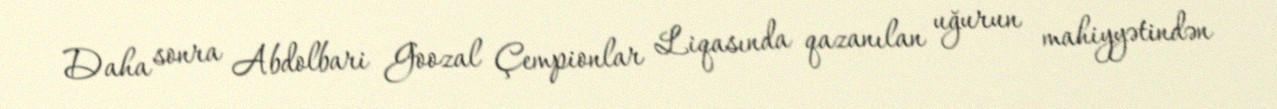
Daha sonra Abdolbari Goozal Çempionlar Liqasında qazanılan uğurun mahiyyətindən